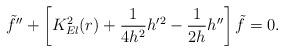
LaTeX: \begin{align*}{\tilde {f}}''+\left[ K^{2}_{El}(r) +\frac {1}{4h^{2}} h'^{2}-\frac {1}{2h} h'' \right] {\tilde {f}} =0.\end{align*}